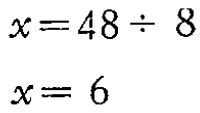
\[

\begin{align*}

x&=48\div 8\\

x&= 6

\end{align*}

\]